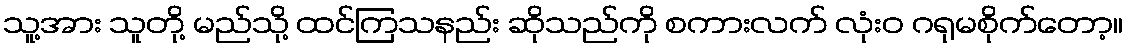
သူ့အား သူတို့ မည်သို့ ထင်ကြသနည်း ဆိုသည်ကို စကားလက် လုံးဝ ဂရုမစိုက်တော့။